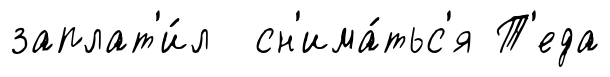
заплат'и́л сн'има́тьс'я Т'еда